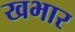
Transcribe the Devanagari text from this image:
खभार